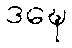
ဒဍ္ဎေ